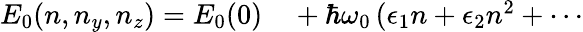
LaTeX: \begin{array}{rl}{E_{0}(n,n_{y},n_{z})=E_{0}(0)}&{{}+\hbar\omega_{0}\, (\epsilon_{1}n+\epsilon_{2}n^{2}+\cdots}\end{array}